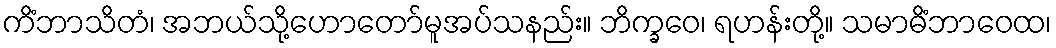
ကိံဘာသိတံ၊ အဘယ်သို့ဟောတော်မူအပ်သနည်း။ ဘိက္ခဝေ၊ ရဟန်းတို့။ သမာဓိံဘာဝေထ၊